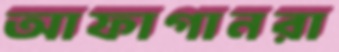
আফাগানরা